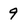
Character: 9